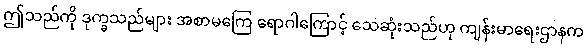
ဤသည်ကို ဒုက္ခသည်များ အစာမကြေ ရောဂါကြောင့် သေဆုံးသည်ဟု ကျန်းမာရေးဌာနက